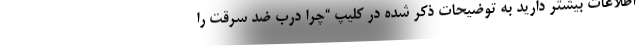
اطلاعات بیشتر دارید به توضیحات ذکر شده در کلیپ “چرا درب ضد سرقت را